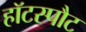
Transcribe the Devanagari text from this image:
हॉटस्‍पौट